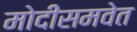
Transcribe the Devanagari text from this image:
मोदींसमवेत